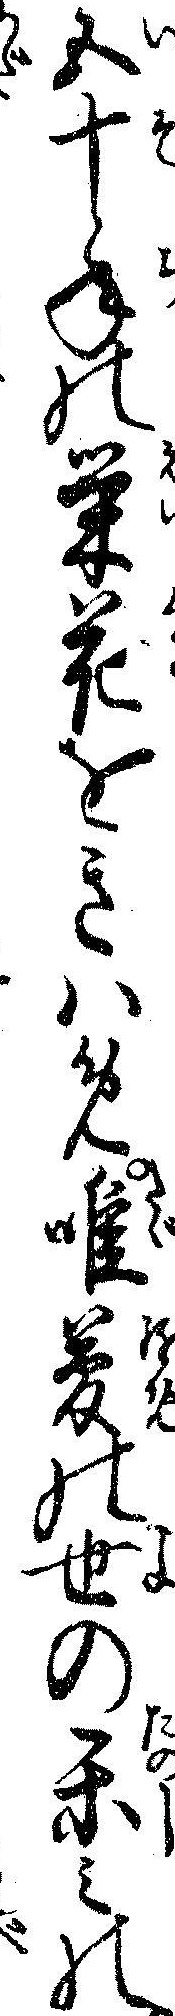
五十年の栄花をきハめ唯夢の世の楽ミの